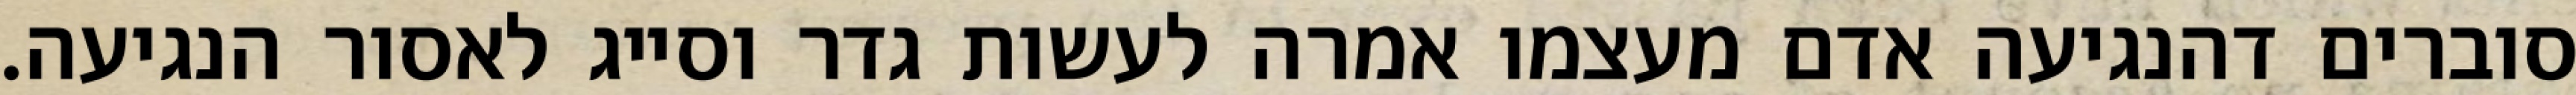
סוברים דהנגיעה אדם מעצמו אמרה לעשות גדר וסייג לאסור הנגיעה.